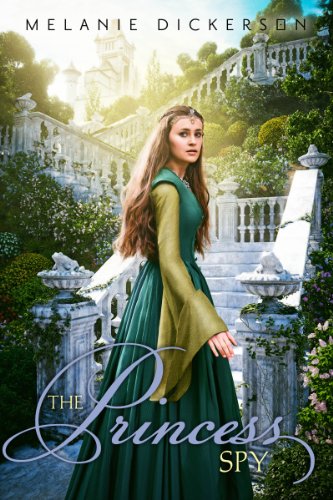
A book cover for The Princess Spy (Fairy Tale Romance Series); Melanie Dickerson; Teen & Young Adult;